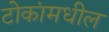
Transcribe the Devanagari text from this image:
टोकांमधील